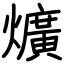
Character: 爌